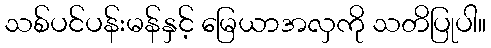
သစ်ပင်ပန်းမန်နှင့် မြေယာအလှကို သတိပြုပါ။